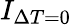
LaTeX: I_{\Delta T=0}